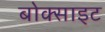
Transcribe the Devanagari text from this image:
बोक्साइट